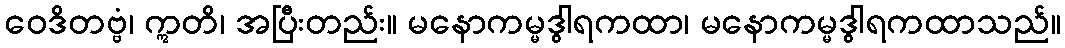
ဝေဒိတဗ္ဗံ၊ ဣတိ၊ အပြီးတည်း။ မနောကမ္မဒွါရကထာ၊ မနောကမ္မဒွါရကထာသည်။